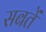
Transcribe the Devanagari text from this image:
सबतें